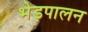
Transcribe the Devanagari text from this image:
भेड़पालन